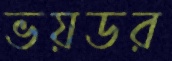
ভয়ডর